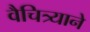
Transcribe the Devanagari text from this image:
वैचित्र्याने